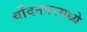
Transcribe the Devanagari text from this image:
चाँदनगरमध्ये